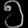
Digit: ၅